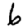
Digit: 6